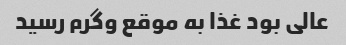
عالی بود غذا به موقع و‌گرم رسید